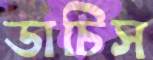
ডাচিস